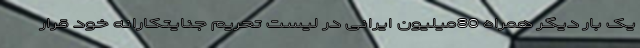
یک بار دیگر همراه 80میلیون ایرانی در لیست تحریم جنایتکارانه خود قرار